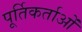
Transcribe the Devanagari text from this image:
पूर्तिकर्ताओं